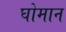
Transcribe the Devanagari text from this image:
घोमान